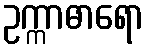
ဥက္ကာဓာရော